Report on the bubonic plague in Bombay, 1896-1897
Year: 1896
Disease focus: Plague
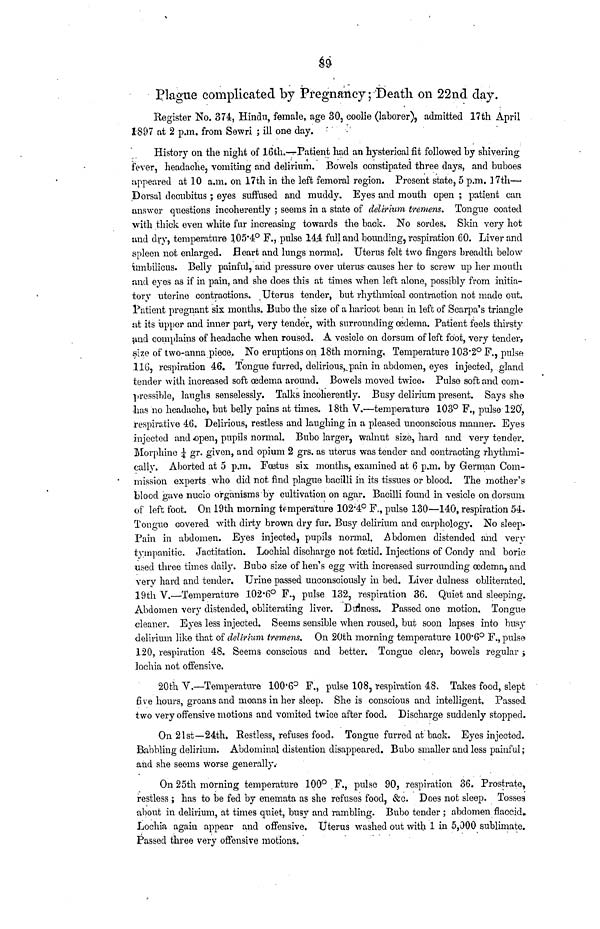
39
Plague complicated by Pregnancy ; Death on 22nd day.
Register No. 374, Hindu, female, age 30, coolie (laborer), admitted 17th April
1897 at 2 p.m. from Sewri ; ill one day.
History on the night of 16th.—Patient had an hysterical fit followed by shivering
fever, headache, vomiting and delirium. Bowels constipated three days, and buboes
appeared at 10 a.m. on 17th in the left femoral region. Present state, 5 p.m. 17th—
Dorsal decubitus ; eyes suffused and muddy. Eyes and mouth open ; patient can
answer questions incoherently ; seems in a state of delirium tremens. Tongue coated
with thick even white fur increasing towards the back. No sordes. Skin very hot
and dry, temperature 105.4° F., pulse 144 full and bounding, respiration 60. Liver and
spleen not enlarged. Heart and lungs normal. Uterus felt two fingers breadth below
umbilicus. Belly painful, and pressure over uterus causes her to screw up her mouth
and eyes as if in pain, and she does this at times when left alone, possibly from initia-
tory uterine contractions. Uterus tender, but rhythmical contraction not made out.
Patient pregnant six months. Bubo the size of a haricot bean in left of Scarpa's triangle
at its upper and inner part, very tender, with surrounding oedema. Patient feels thirsty
and complains of headache when roused. A vesicle on dorsum of left foot, very tender,
size of two-anna piece. No eruptions on 18th morning. Temperature 103.2° F., pulse
116, respiration 46. Tongue furred, delirious, pain in abdomen, eyes injected, gland
tender with increased soft œdema around. Bowels moved twice. Pulse soft and com-
pressible, laughs senselessly. Talks incoherently. Busy delirium present. Says she
has no headache, but belly pains at times. 18th V.—temperature 103° F., pulse 120,
respirative 46. Delirious, restless and laughing in a pleased unconscious manner. Eyes
injected and «pen, pupils normal. Bubo larger, walnut size, hard and very tender.
Morphine ¼ gr. given, and opium 2 grs. as uterus was tender and contracting rhythmi-
cally. Aborted at 5 p.m. Fœtus six months, examined at 6 p.m. by German Com-
mission experts who did not find plague bacilli in its tissues or blood. The mother's
blood gave nucio organisms by cultivation on agar. Bacilli found in vesicle on dorsum
of left foot. On 19th morning temperature 102.4° F., pulse 130—140, respiration 54.
Tongue covered with dirty brown dry fur. Busy delirium and carphology. No sleep.
Pain in abdomen. Eyes injected, pupils normal. Abdomen distended and very
tympanitic. Jactitation. Lochial discharge not foetid. Injections of Condy and boric
used three times daily. Bubo size of hen's egg with increased surrounding œdema, and
very hard and tender. Urine passed unconsciously in bed. Liver dulness obliterated.
19th V.—Temperature 102.6° F., pulse 132, respiration 36. Quiet and sleeping.
Abdomen very distended, obliterating liver. Dulness. Passed one motion. Tongue
cleaner. Eyes less injected. Seems sensible when roused, but soon lapses into busy
delirium like that of delIrhim tremens. On 20th morning temperature 100.6° F., pulse
120, respiration 48. Seems conscious and better. Tongue clear, bowels regular;
lochia not offensive.
20th Y.—Temperature 100.6° F., pulse 108, respiration 48. Takes food, slept
five hours, groans and moans in her sleep. She is conscious and intelligent. Passed
two very offensive motions and vomited twice after food. Discharge suddenly stopped.
On 21st—24th. Restless, refuses food. Tongue furred at back. Eyes injected.
Babbling delirium. Abdominal distention disappeared. Bubo smaller and less painful ;
and she seems worse generally.
On 25th morning temperature 100° F., pulse 90, respiration 36. Prostrate,
restless ; has to be fed by enemata as she refuses food, &c. Does not sleep. Tosses
about in delirium, at times quiet, busy and rambling. Bubo tender ; abdomen flaccid»
Lochia again appear and offensive. Uterus washed out with 1 in 5,000 sublimate.
Passed three very offensive motions.